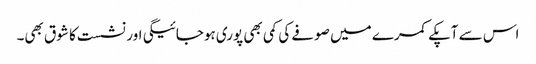
اس سے آپکے کمرے میں صوفے کی کمی بھی پوری ہوجائیگی اور نشست کا شوق بھی۔